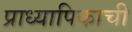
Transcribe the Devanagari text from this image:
प्राध्यापिकाची